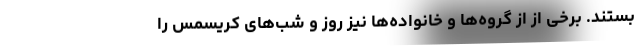
بستند. برخی از از گروه‌ها و خانواده‌ها نیز روز و شب‌های کریسمس را